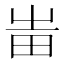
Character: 𤰫